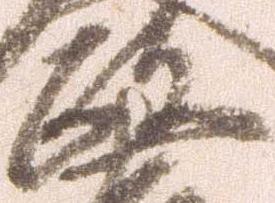
政